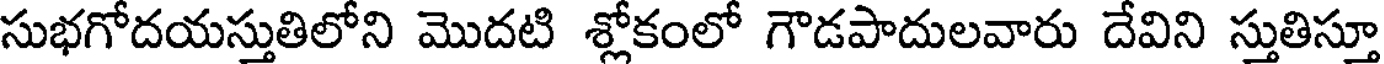
సుభగోదయస్తుతిలోని మొదటి శ్లోకంలో గౌడపాదులవారు దేవిని స్తుతిస్తూ